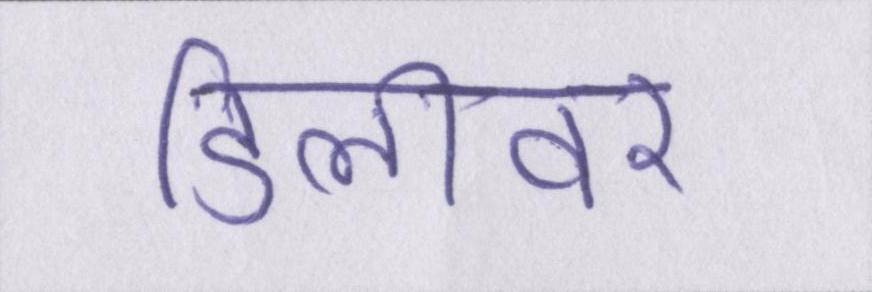
डिलीवर